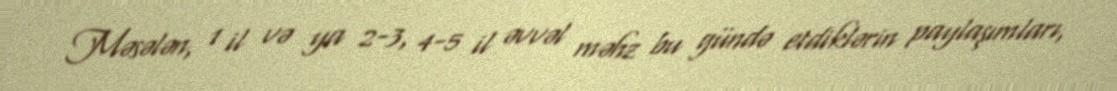
Məsələn, 1 il və ya 2-3, 4-5 il əvvəl məhz bu gündə etdiklərin paylaşımları,